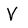
Character: V